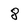
Character: 8